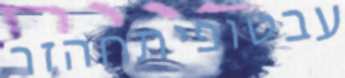
עבטופיתחהזר